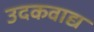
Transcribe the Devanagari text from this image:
उदकवाद्य